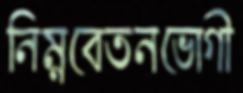
নিম্নবেতনভোগী